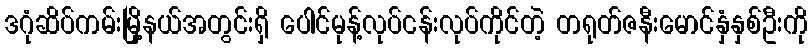
ဒဂုံဆိပ်ကမ်းမြို့နယ်အတွင်းရှိ ပေါင်မုန့်လုပ်ငန်းလုပ်ကိုင်တဲ့ တရုတ်ဇနီးမောင်နှံနှစ်ဦးကို